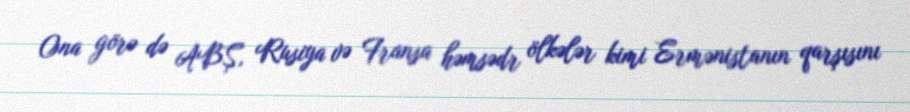
Ona görə də ABŞ, Rusiya və Fransa həmsədr ölkələr kimi Ermənistanın qarşısını